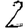
Digit: 2